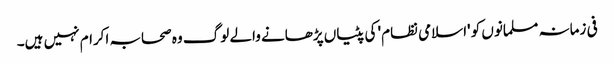
فی زمانہ مسلمانوں کو 'اسلامی نظام' کی پٹیاں پڑھانے والے لوگ وہ صحابہ اکرام نہیں ہیں۔